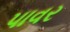
પાવર